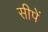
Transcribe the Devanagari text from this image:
सीपें